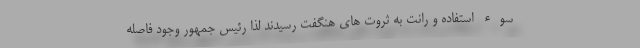
سوء استفاده و رانت به ثروت های هنگفت رسیدند لذا رئیس جمهور وجود فاصله